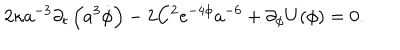
2 \kappa a ^ { - 3 } \partial _ { t } \left( a ^ { 3 } \dot { \phi } \right) - 2 C ^ { 2 } e ^ { - 4 \phi } a ^ { - 6 } + \partial _ { \phi } U ( \phi ) = 0 .